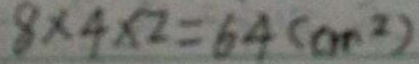
8 \times 4 \times 2 = 6 4 ( c m ^ { 2 } )